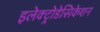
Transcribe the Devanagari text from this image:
इलेक्ट्रोडेसिकेशन